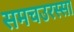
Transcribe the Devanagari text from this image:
समचउरस्सा